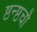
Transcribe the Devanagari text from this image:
ष्ठन्ष्ठचौ